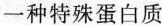
一种特殊蛋白质